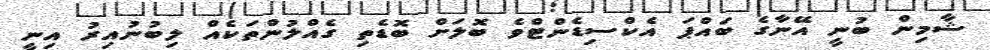
ޝާމިން ބުނީ އޭނާގެ ބައްޕަ އެކްސިޑެންޓްވެ ބޮލަށް ބޮޑެތި ގެއްލުންތަކެއް ލިބުނުއިރު އިނީ